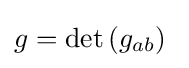
g=\mathrm {det} \left(g_{ab}\right)\